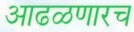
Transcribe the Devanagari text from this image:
आढळणारच